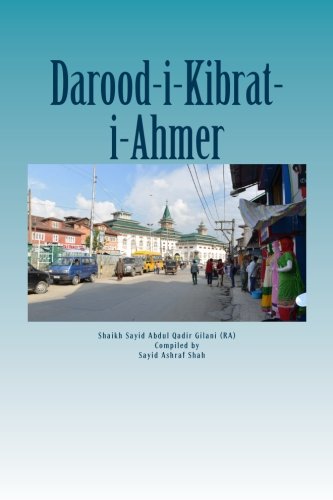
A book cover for Darood Kibrat-i-Ahmer: Darood of Red Sulphur; Sayid Abdul Qadir Gilani; Religion & Spirituality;